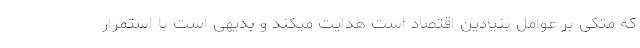
که متکی بر عوامل بنیادین اقتصاد است هدایت میکند و بدیهی است با استمرار